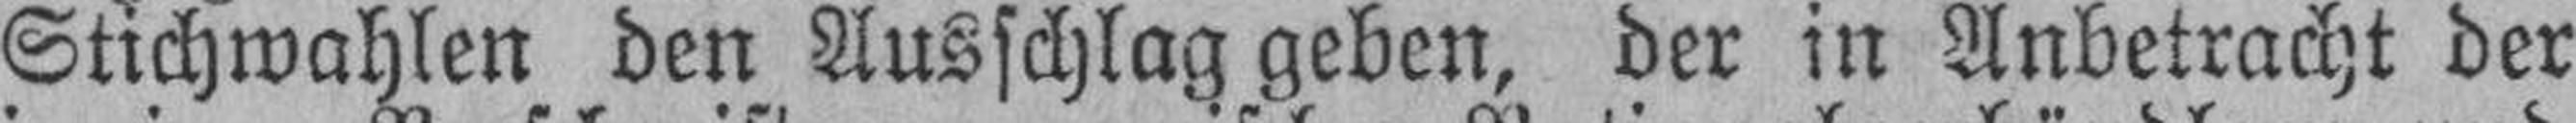
Stichwahlen den Ausschlag geben, der in Anbetracht der